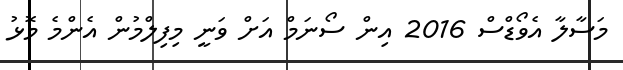
މަސާލާ އެވޯޑްސް 2016 އިން ސޯނަމް އަށް ވަނީ މިފިލްމުން އެންމެ މޮޅު